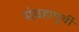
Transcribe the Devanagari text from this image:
संग्रहापूर्वी